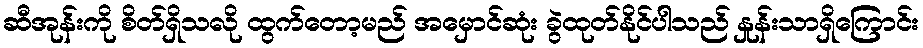
ဆီအုန်းကို စိတ်ရှိသလို ထွက်တော့မည် အမှောင်ဆုံး ခွဲထုတ်နိုင်ပါသည် နှုန်းသာရှိကြောင်း